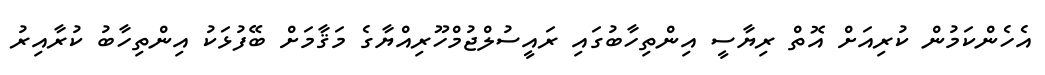
އެހެންކަމުން ކުރިއަށް އޮތް ރިޔާސީ އިންތިހާބުގައި ރައީސުލްޖުމްހޫރިއްޔާގެ މަޤާމަށް ބޭފުޅަކު އިންތިހާބު ކުރާއިރު